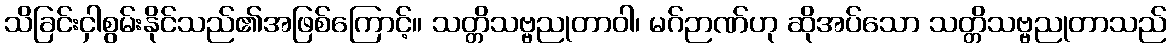
သိခြင်းငှါစွမ်းနိုင်သည်၏အဖြစ်ကြောင့်။ သတ္တိသဗ္ဗညုတာဝါ၊ မဂ်ဉာဏ်ဟု ဆိုအပ်သော သတ္တိသဗ္ဗညုတာသည်